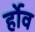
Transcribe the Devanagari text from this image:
र्होव